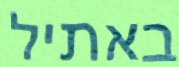
באתיל